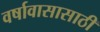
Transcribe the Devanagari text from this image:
वर्षावासासाठी